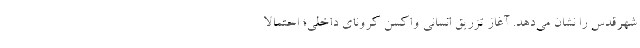
شهرقدس را نشان می‌دهد. آغاز تزریق انسانی واکسن کرونای داخلی؛ احتمالا